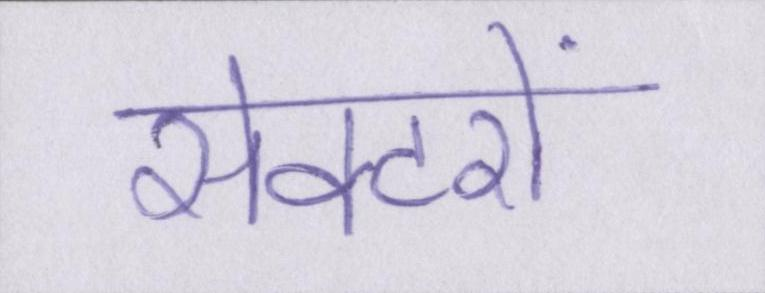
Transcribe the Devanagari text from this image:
सेक्टरों